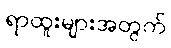
ရာထူးများအတွက်